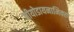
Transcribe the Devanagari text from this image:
जीयोडायनामिक्स